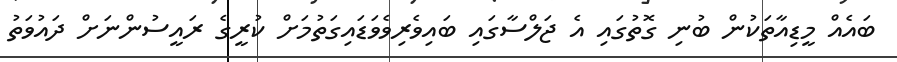
ބައެއް މީޑިއާތަކުން ބުނި ގޮތުގައި އެ ޖަލްސާގައި ބައިވެރިވެވަޑައިގަތުމަށް ކުރީގެ ރައީސުންނަށް ދައުވަތު